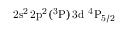
\mathrm { 2 s ^ { 2 } \, 2 p ^ { 2 } ( ^ { 3 } P ) \, 3 d ~ ^ { 4 } P _ { 5 / 2 } }